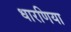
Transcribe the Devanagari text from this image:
धारणिया